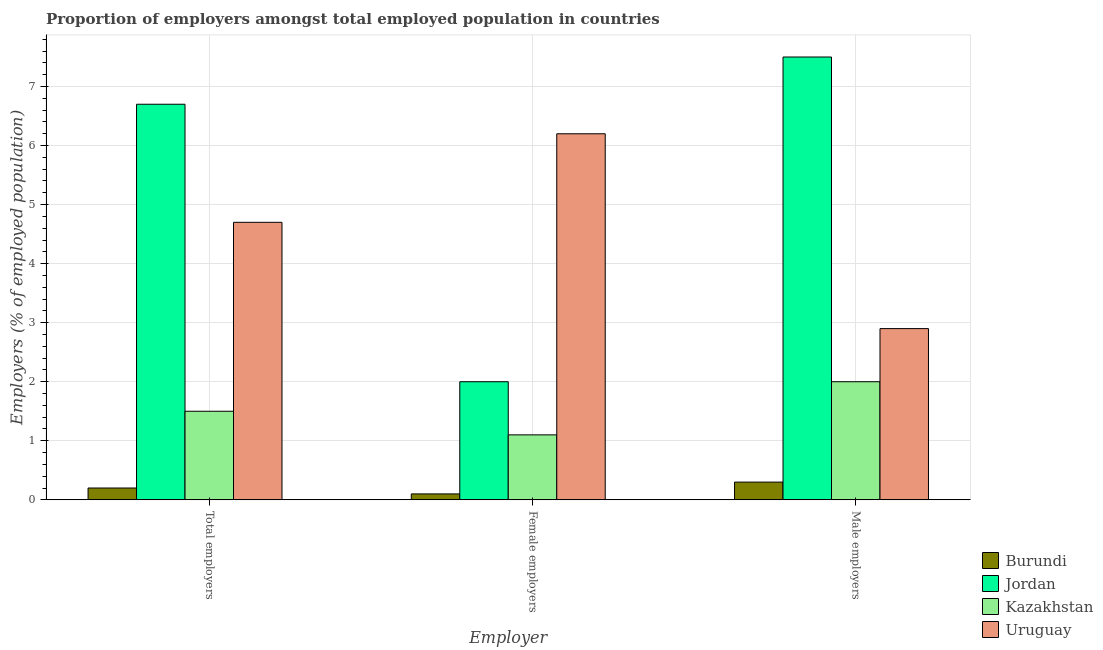
| Employer | Burundi | Jordan | Kazakhstan | Uruguay |
 | --- | --- | --- | --- | --- |
 | Total employers | 0.2 | 6.7 | 1.5 | 4.7 |
 | Female employers | 0.1 | 2 | 1.1 | 6.2 |
 | Male employers | 0.3 | 7.5 | 2 | 2.9 |